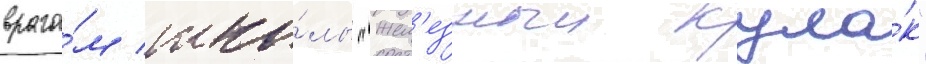
враго́м шко́лы "жел'езныи кула́к"